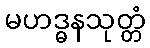
မဟဒ္ဓနသုတ္တံ